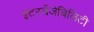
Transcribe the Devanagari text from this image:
इंटरचेंजेबिलिटी